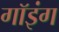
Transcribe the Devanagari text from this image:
गॉइंग